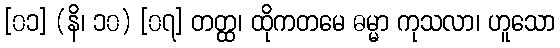
[၀၁] (နိ၊ ၁၀) [၀၇] တတ္ထ၊ ထိုကတမေ ဓမ္မာ ကုသလာ၊ ဟူသော